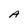
Character: A